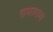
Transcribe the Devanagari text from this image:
रुपाराम